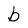
Character: b